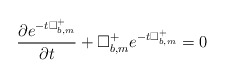
\begin{align*} \frac{\partial e^{-t\Box^+_{b,m}}}{\partial t}+\Box^+_{b,m}e^{-t\Box^+_{b,m}}=0\end{align*}